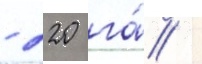
- 220 га́ /